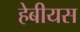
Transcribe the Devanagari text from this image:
हेबीयस